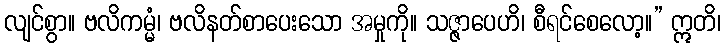
လျင်စွာ။ ဗလိကမ္မံ၊ ဗလိနတ်စာပေးသော အမှုကို။ သဇ္ဇာပေဟိ၊ စီရင်စေလော့။” ဣတိ၊